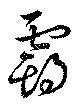
霸